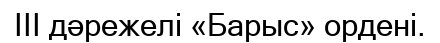
III дәрежелі «Барыс» ордені.